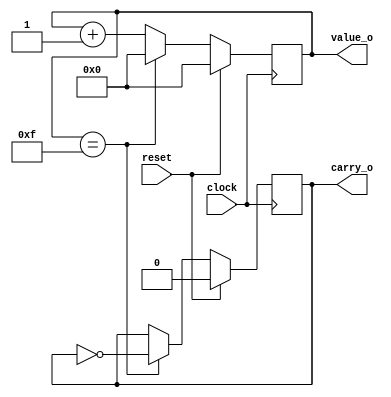
module counter_max #(
	parameter W = 4, MAX = 15
)(
	input reset, input clock,
	output reg [W-1:0] value_o, output reg carry_o
);
	always @(posedge clock)
//	always @(posedge reset or posedge clock)
		if (reset) begin
			value_o <= W'b0;
			carry_o <= 1'b0;
		end
		else
		if (value_o == MAX) begin
			value_o <= W'b0;
			carry_o <= ~carry_o;
		end
		else
			value_o <= value_o + 1;
endmodule
module clock_div #(
	parameter DIV = 3
)(
	input  reset, input clock_i, output clock_o
);
	localparam MAX = DIV - 1;
	localparam W = $clog2(MAX);

	wire [W-1:0] counter;

	counter_max #(W, MAX) c0 (reset, clock_i, counter, clock_o);
endmodule
module clock_gen #(
	parameter CLOCK = 25_000_000, FREQ  = 115_200
)(
	input  reset, input clock_i, output clock_o
);
	clock_div #(CLOCK / FREQ / 2) c0 (reset, clock_i, clock_o);
endmodule